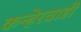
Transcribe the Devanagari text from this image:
कन्हेरवाडी